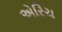
એરિચ